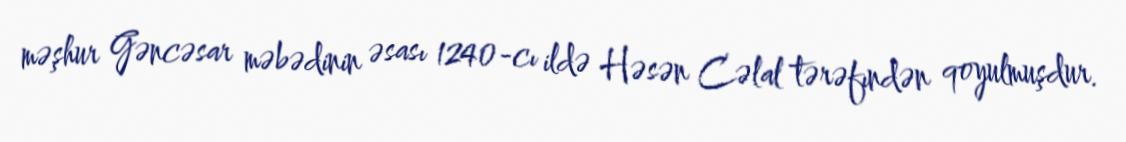
məşhur Gəncəsar məbədinin əsası 1240-cı ildə Həsən Cəlal tərəfındən qoyulmuşdur.